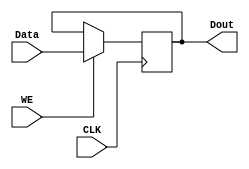
`timescale 1ns / 1ps


module Register(
	output reg [31:0] Dout,
	input CLK, WE,
	input [31:0] Data
    );
	 
	 always @(posedge CLK)
	 begin
	 if (WE)
		begin
		Dout <= Data;
		end
	 end


endmodule